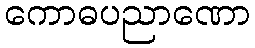
ကောဓပညာဏော